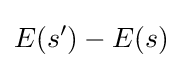
E(s')-E(s)